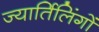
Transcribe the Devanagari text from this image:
ज्यार्तिलिंगों